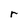
Character: r